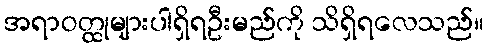
အရာဝတ္ထုများပါရှိရဦးမည်ကို သိရှိရလေသည်။